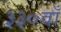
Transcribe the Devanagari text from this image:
३३०वाँ